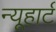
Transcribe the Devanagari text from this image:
न्यूहार्ट